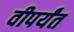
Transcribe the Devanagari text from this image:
वीपर्यंत